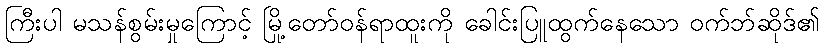
ကြီးပါ မသန်စွမ်းမှုကြောင့် မြို့တော်ဝန်ရာထူးကို ခေါင်းပြူထွက်နေသော ဝက်ဘ်ဆိုဒ်၏